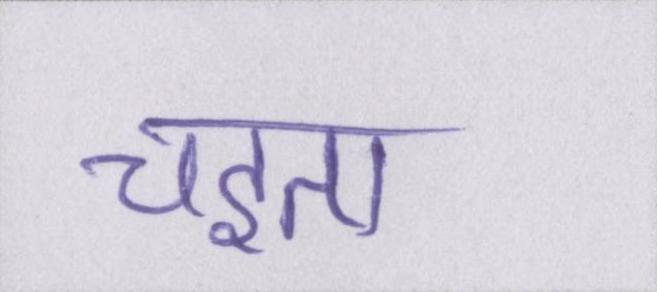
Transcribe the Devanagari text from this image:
चइता